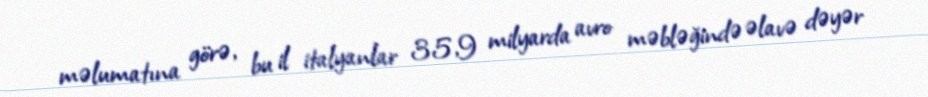
məlumatına görə, bu il italyanlar 35,9 milyarda avro məbləğində əlavə dəyər